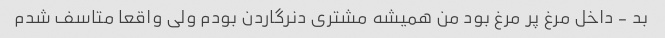
بد - داخل مرغ پر مرغ بود من همیشه مشتری دنرگاردن بودم ولی واقعا متاسف شدم